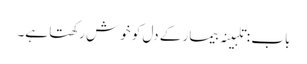
باب : تلبینہ بیمار کے دل کو خوش رکھتا ہے۔